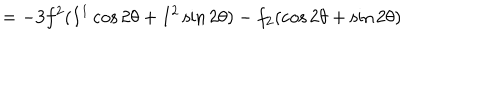
= - 3 f ^ { 2 } ( I ^ { 1 } \cos 2 \theta + I ^ { 2 } \sin 2 \theta ) - f _ { 2 } ( \cos 2 \theta + \sin 2 \theta )